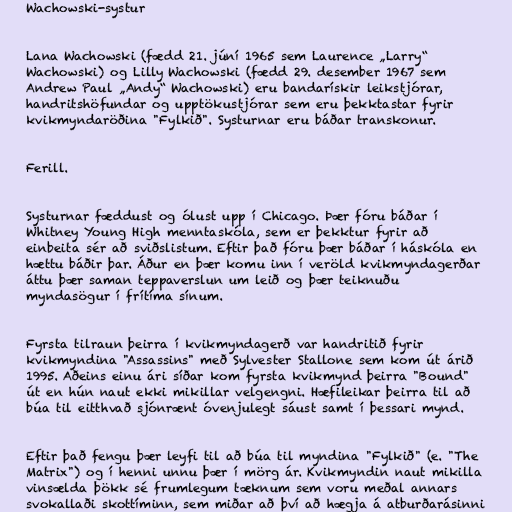
Wachowski-systur

Lana Wachowski (fædd 21. júní 1965 sem Laurence „Larry“
Wachowski) og Lilly Wachowski (fædd 29. desember 1967 sem
Andrew Paul „Andy“ Wachowski) eru bandarískir leikstjórar,
handritshöfundar og upptökustjórar sem eru þekktastar fyrir
kvikmyndaröðina "Fylkið". Systurnar eru báðar transkonur.

Ferill.

Systurnar fæddust og ólust upp í Chicago. Þær fóru báðar í
Whitney Young High menntaskóla, sem er þekktur fyrir að
einbeita sér að sviðslistum. Eftir það fóru þær báðar í háskóla en
hættu báðir þar. Áður en þær komu inn í veröld kvikmyndagerðar
áttu þær saman teppaverslun um leið og þær teiknuðu
myndasögur í frítíma sínum.

Fyrsta tilraun þeirra í kvikmyndagerð var handritið fyrir
kvikmyndina "Assassins" með Sylvester Stallone sem kom út árið
1995. Aðeins einu ári síðar kom fyrsta kvikmynd þeirra "Bound"
út en hún naut ekki mikillar velgengni. Hæfileikar þeirra til að
búa til eitthvað sjónrænt óvenjulegt sáust samt í þessari mynd.

Eftir það fengu þær leyfi til að búa til myndina "Fylkið" (e. "The
Matrix") og í henni unnu þær í mörg ár. Kvikmyndin naut mikilla
vinsælda þökk sé frumlegum tæknum sem voru meðal annars
svokallaði skottíminn, sem miðar að því að hægja á atburðarásinni